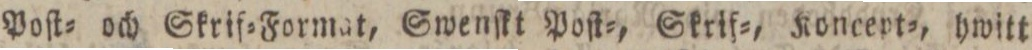
Poſt= och Skrif=Format, Swenſkt Poſt=, Skrif=, Koncept=, hwitt